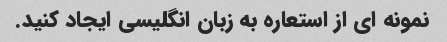
نمونه ای از استعاره به زبان انگلیسی ایجاد کنید.